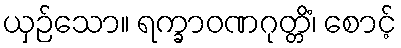
ယှဉ်သော။ ရက္ခာဝဏဂုတ္တိံ၊ စောင့်